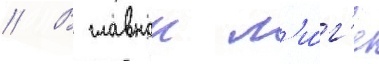
// В главнои л'и́г'е